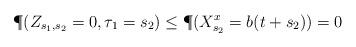
LaTeX: \begin{align*}\P(Z_{s_1,s_2}=0, \tau_{1}=s_2)\le\P(X^x_{s_2}=b(t+s_2))=0\end{align*}